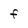
Character: F